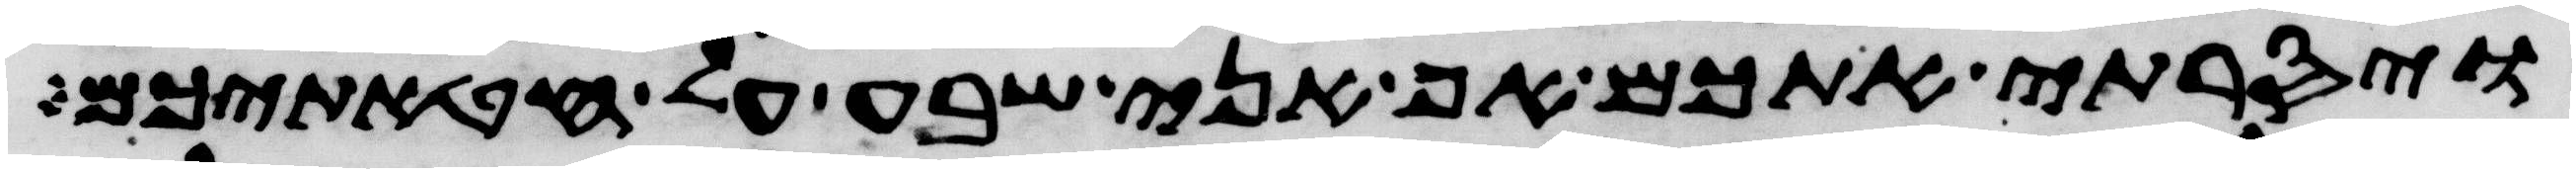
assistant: ויסרתי אתכם אף אני שבע על חטאתיכם